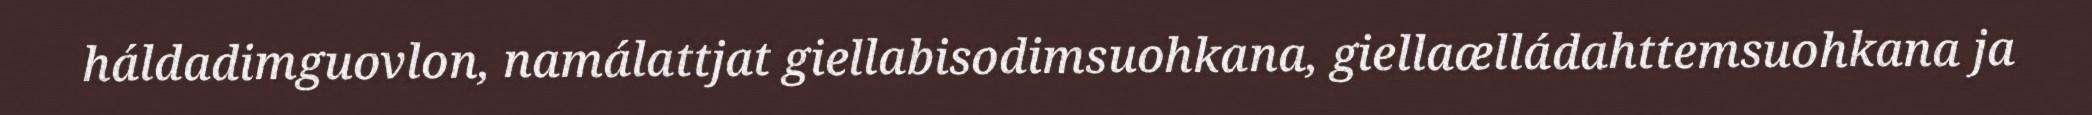
háldadimguovlon, namálattjat giellabisodimsuohkana, giellaælládahttemsuohkana ja